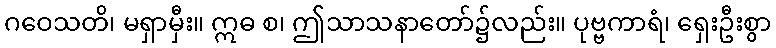
ဂဝေသတိ၊ မရှာမှီး။ ဣဓ စ၊ ဤသာသနာတော်၌လည်း။ ပုဗ္ဗကာရံ၊ ရှေးဦးစွာ